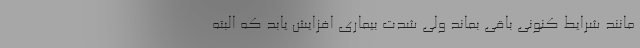
مانند شرایط کنونی باقی بماند ولی شدت بیماری افزایش یابد که البته